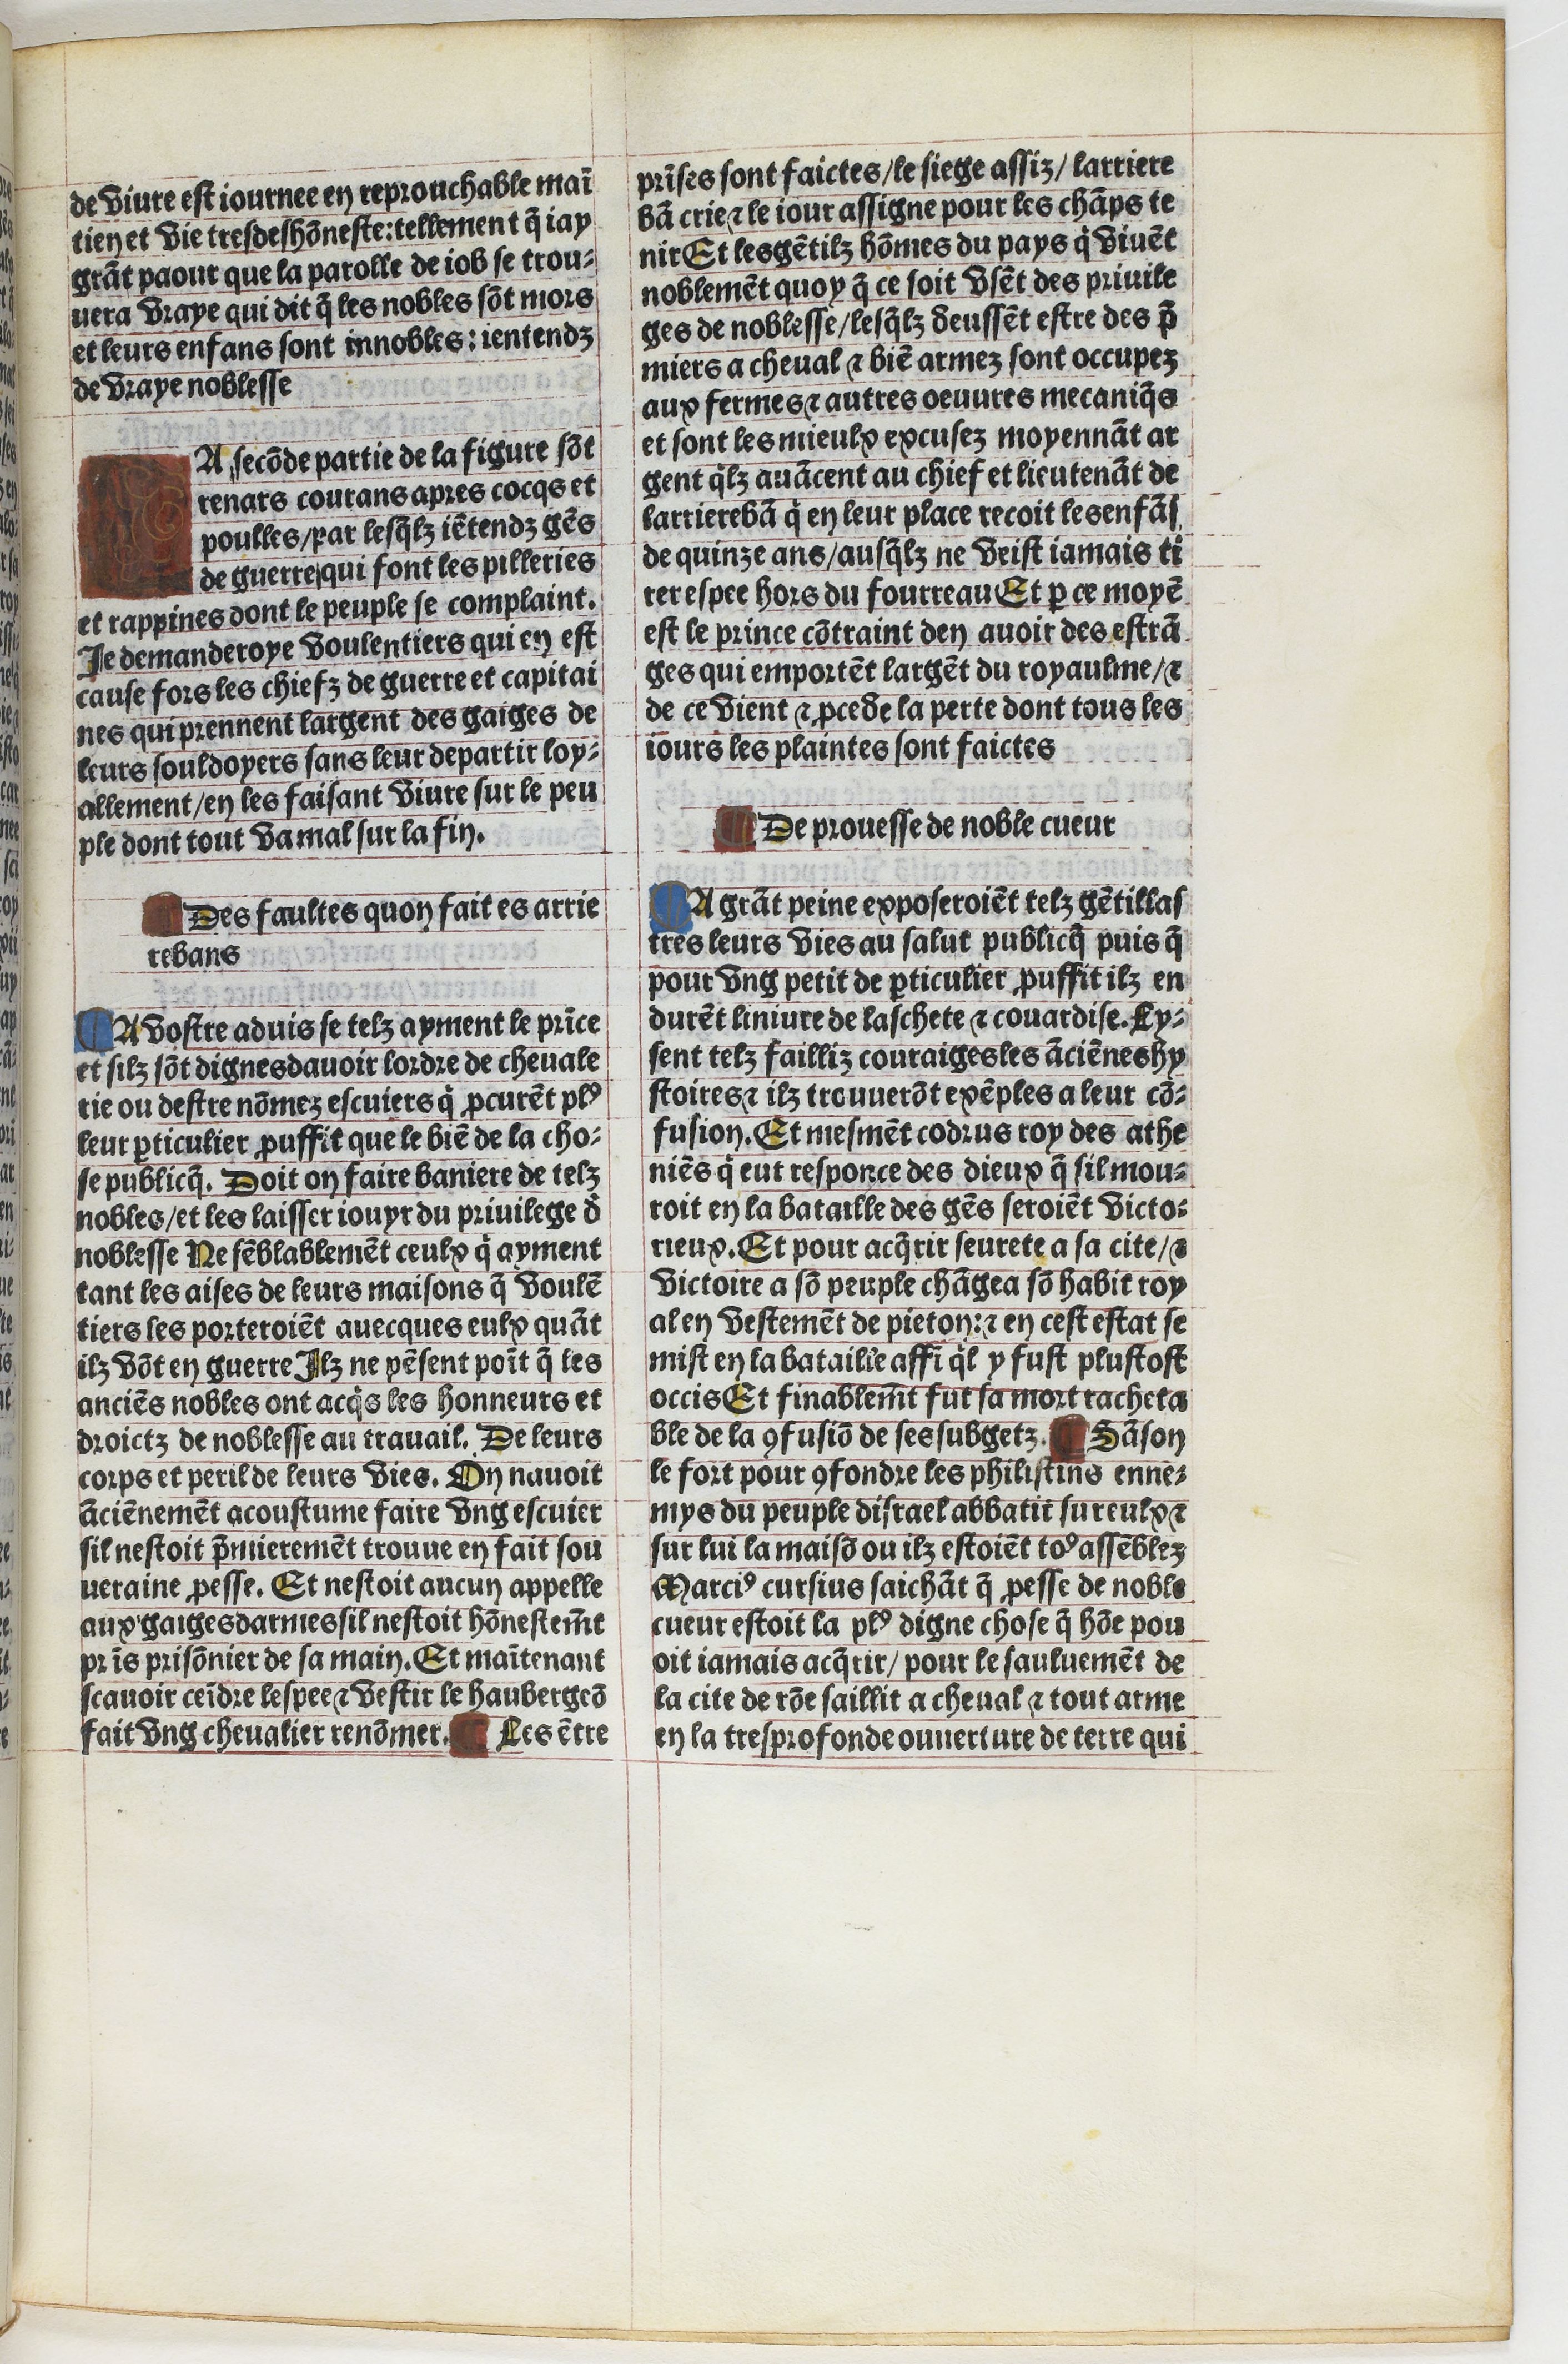
Shelfmark: Paris, BnF, Velins 1103
Century: 16